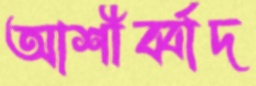
আশীর্ব্বাদ